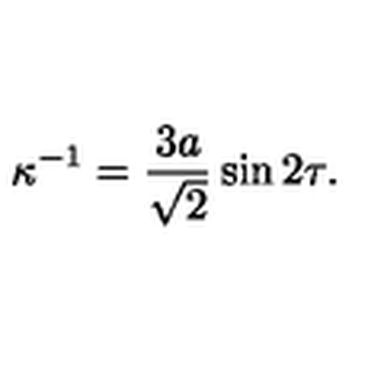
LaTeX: \kappa ^ { - 1 } = \frac { 3 a } { \sqrt { 2 } } \sin 2 \tau .